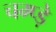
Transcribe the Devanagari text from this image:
चम्प्ड़े